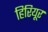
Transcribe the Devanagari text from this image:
हिरियूर